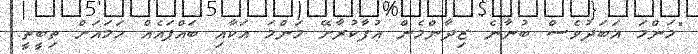
"މަންމަ އަބަދުވެސް ބުނާނެ ޒިދާންމެން އުފާކުރާށޭ މަންމަ އަކާއި ބައްޕައެއް ހަމައަށް ތިބީތީ.